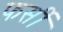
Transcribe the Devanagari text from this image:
फर्सी